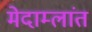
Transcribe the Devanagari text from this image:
मेदाम्लांत